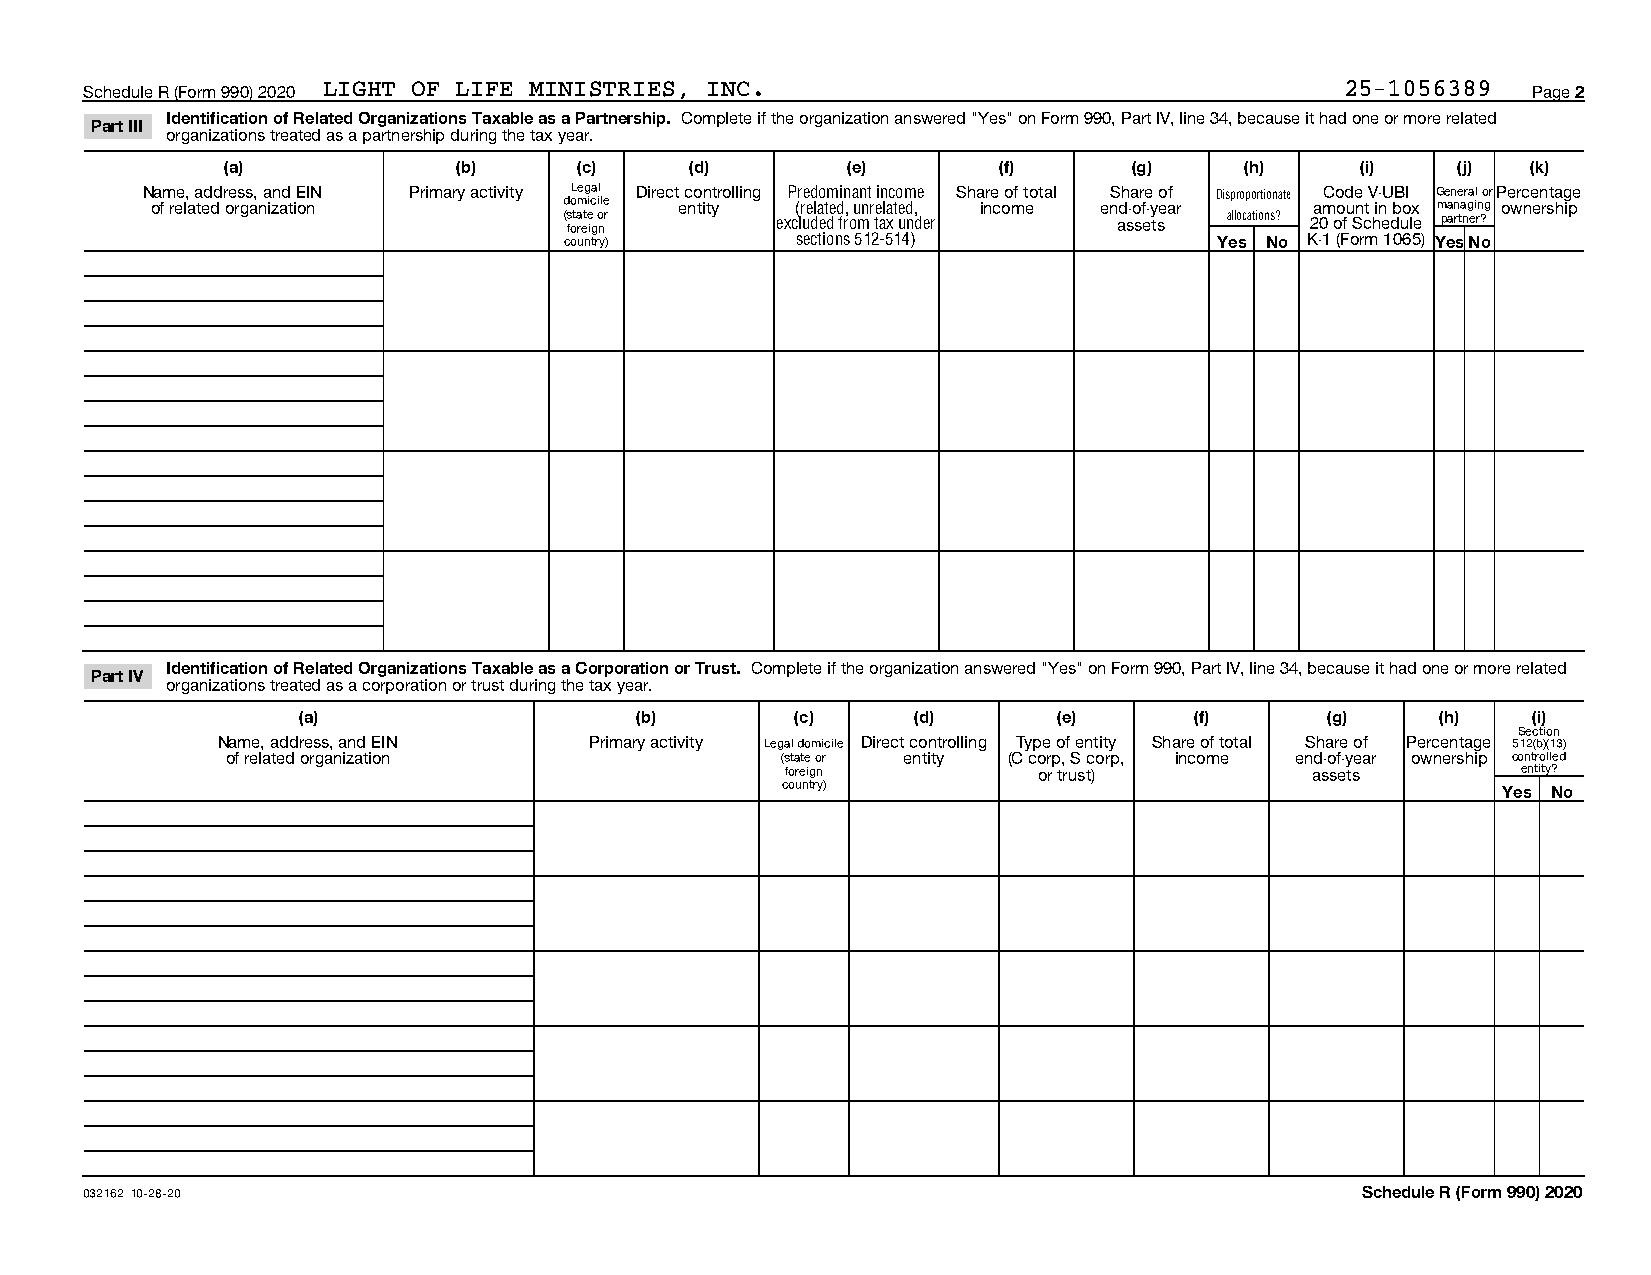
Schedule R (Form 990) 2020 LIGHT OF LIFE MINISTRIES, INC.                          25-1056389  Page 2
 Identification of Related Organizations Taxable as a Partnership. Complete if the organization answered "Yes" on Form 990, Part IV, line 34, because it had one or more related
 Part III
 organizations treated as a partnership during the tax year.
 (a)            (b)     (c)     (d)       (e)       (f)      (g)    (h)     (i)   (j)  (k)
 N oa fm ree l, a a ted dd r oe rs gs a, n a izn ad t iE oI nN Primary activity doL meg ica il le Direct e c no tin tytrolling P (r re ed lao tm edin , a un nt r ein lac to em d,e Sha inre c oo mf t eotal enS dh -a or fe -y o eaf r Disproportionate amCo od ue n tV i- nU bB oI x G me an ne ar ga il n o grP oe wrc ne en rsta hg ipe
 (s fota rete ig o nr excluded from tax under assets allocations? 20 of Schedule partner?
 country)        sections 512-514)           Yes No K-1 (Form 1065) YesNo
 Identification of Related Organizations Taxable as a Corporation or Trust. Complete if the organization answered "Yes" on Form 990, Part IV, line 34, because it had one or more related
 Part IV
 organizations treated as a corporation or trust during the tax year.
 (a)                   (b)        (c)    (d)       (e)      (f)      (g)    (h)   (i)
 Section
 Name, address, and EIN   Primary activity Legal domicile Direct controlling Type of entity Share of total Share of Percentage 512(b)(13)
 of related organization              (state or entity (C corp, S corp, income end-of-year ownership controlled
 foreign          or trust)         assets        entity?
 country)                                       Yes No
 032162 10-28-20                                                                     Schedule R (Form 990) 2020